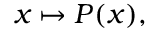
x \mapsto P ( x ) ,